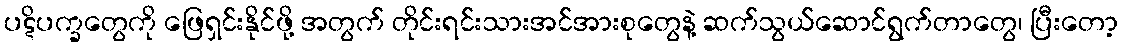
ပဋိပက္ခတွေကို ဖြေရှင်းနိုင်ဖို့ အတွက် တိုင်းရင်းသားအင်အားစုတွေနဲ့ ဆက်သွယ်ဆောင်ရွက်တာတွေ၊ ပြီးတော့